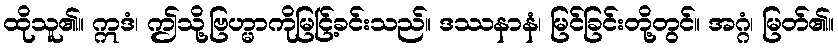
ထိုသူ၏။ ဣဒံ၊ ဤသို့ဗြဟ္မာကိုမြင်ြ့ခင်းသည်။ ဒဿနာနံ၊ မြင်ခြင်းတို့တွင်။ အဂ္ဂံ၊ မြတ်၏။